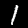
Digit: 1